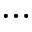
\ldots